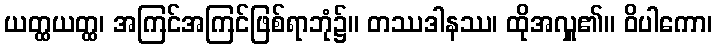
ယတ္ထယတ္ထ၊ အကြင်အကြင်ဖြစ်ရာဘုံ၌။ တဿဒါနဿ၊ ထိုအလှူ၏။ ဝိပါကော၊